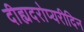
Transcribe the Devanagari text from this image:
दीह्यदरोप्यरीदिन